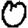
Digit: 0